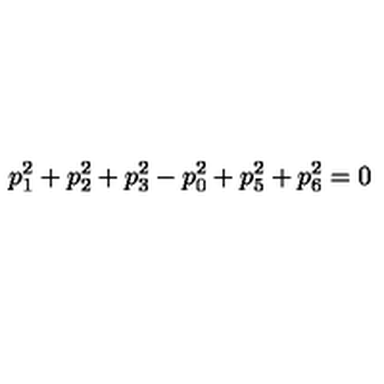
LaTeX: p _ { 1 } ^ { 2 } + p _ { 2 } ^ { 2 } + p _ { 3 } ^ { 2 } - p _ { 0 } ^ { 2 } + p _ { 5 } ^ { 2 } + p _ { 6 } ^ { 2 } = 0